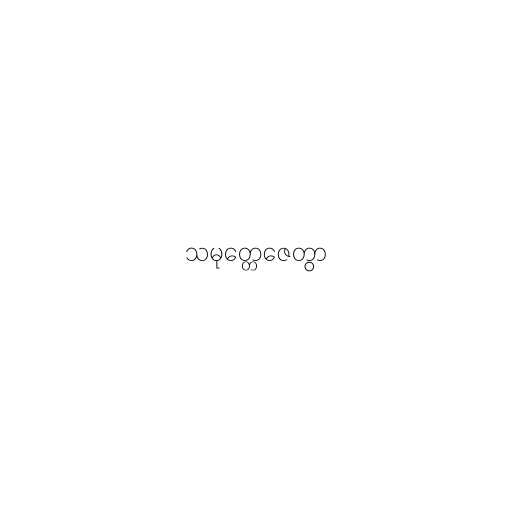
သမုတ္တေဇေတွာ